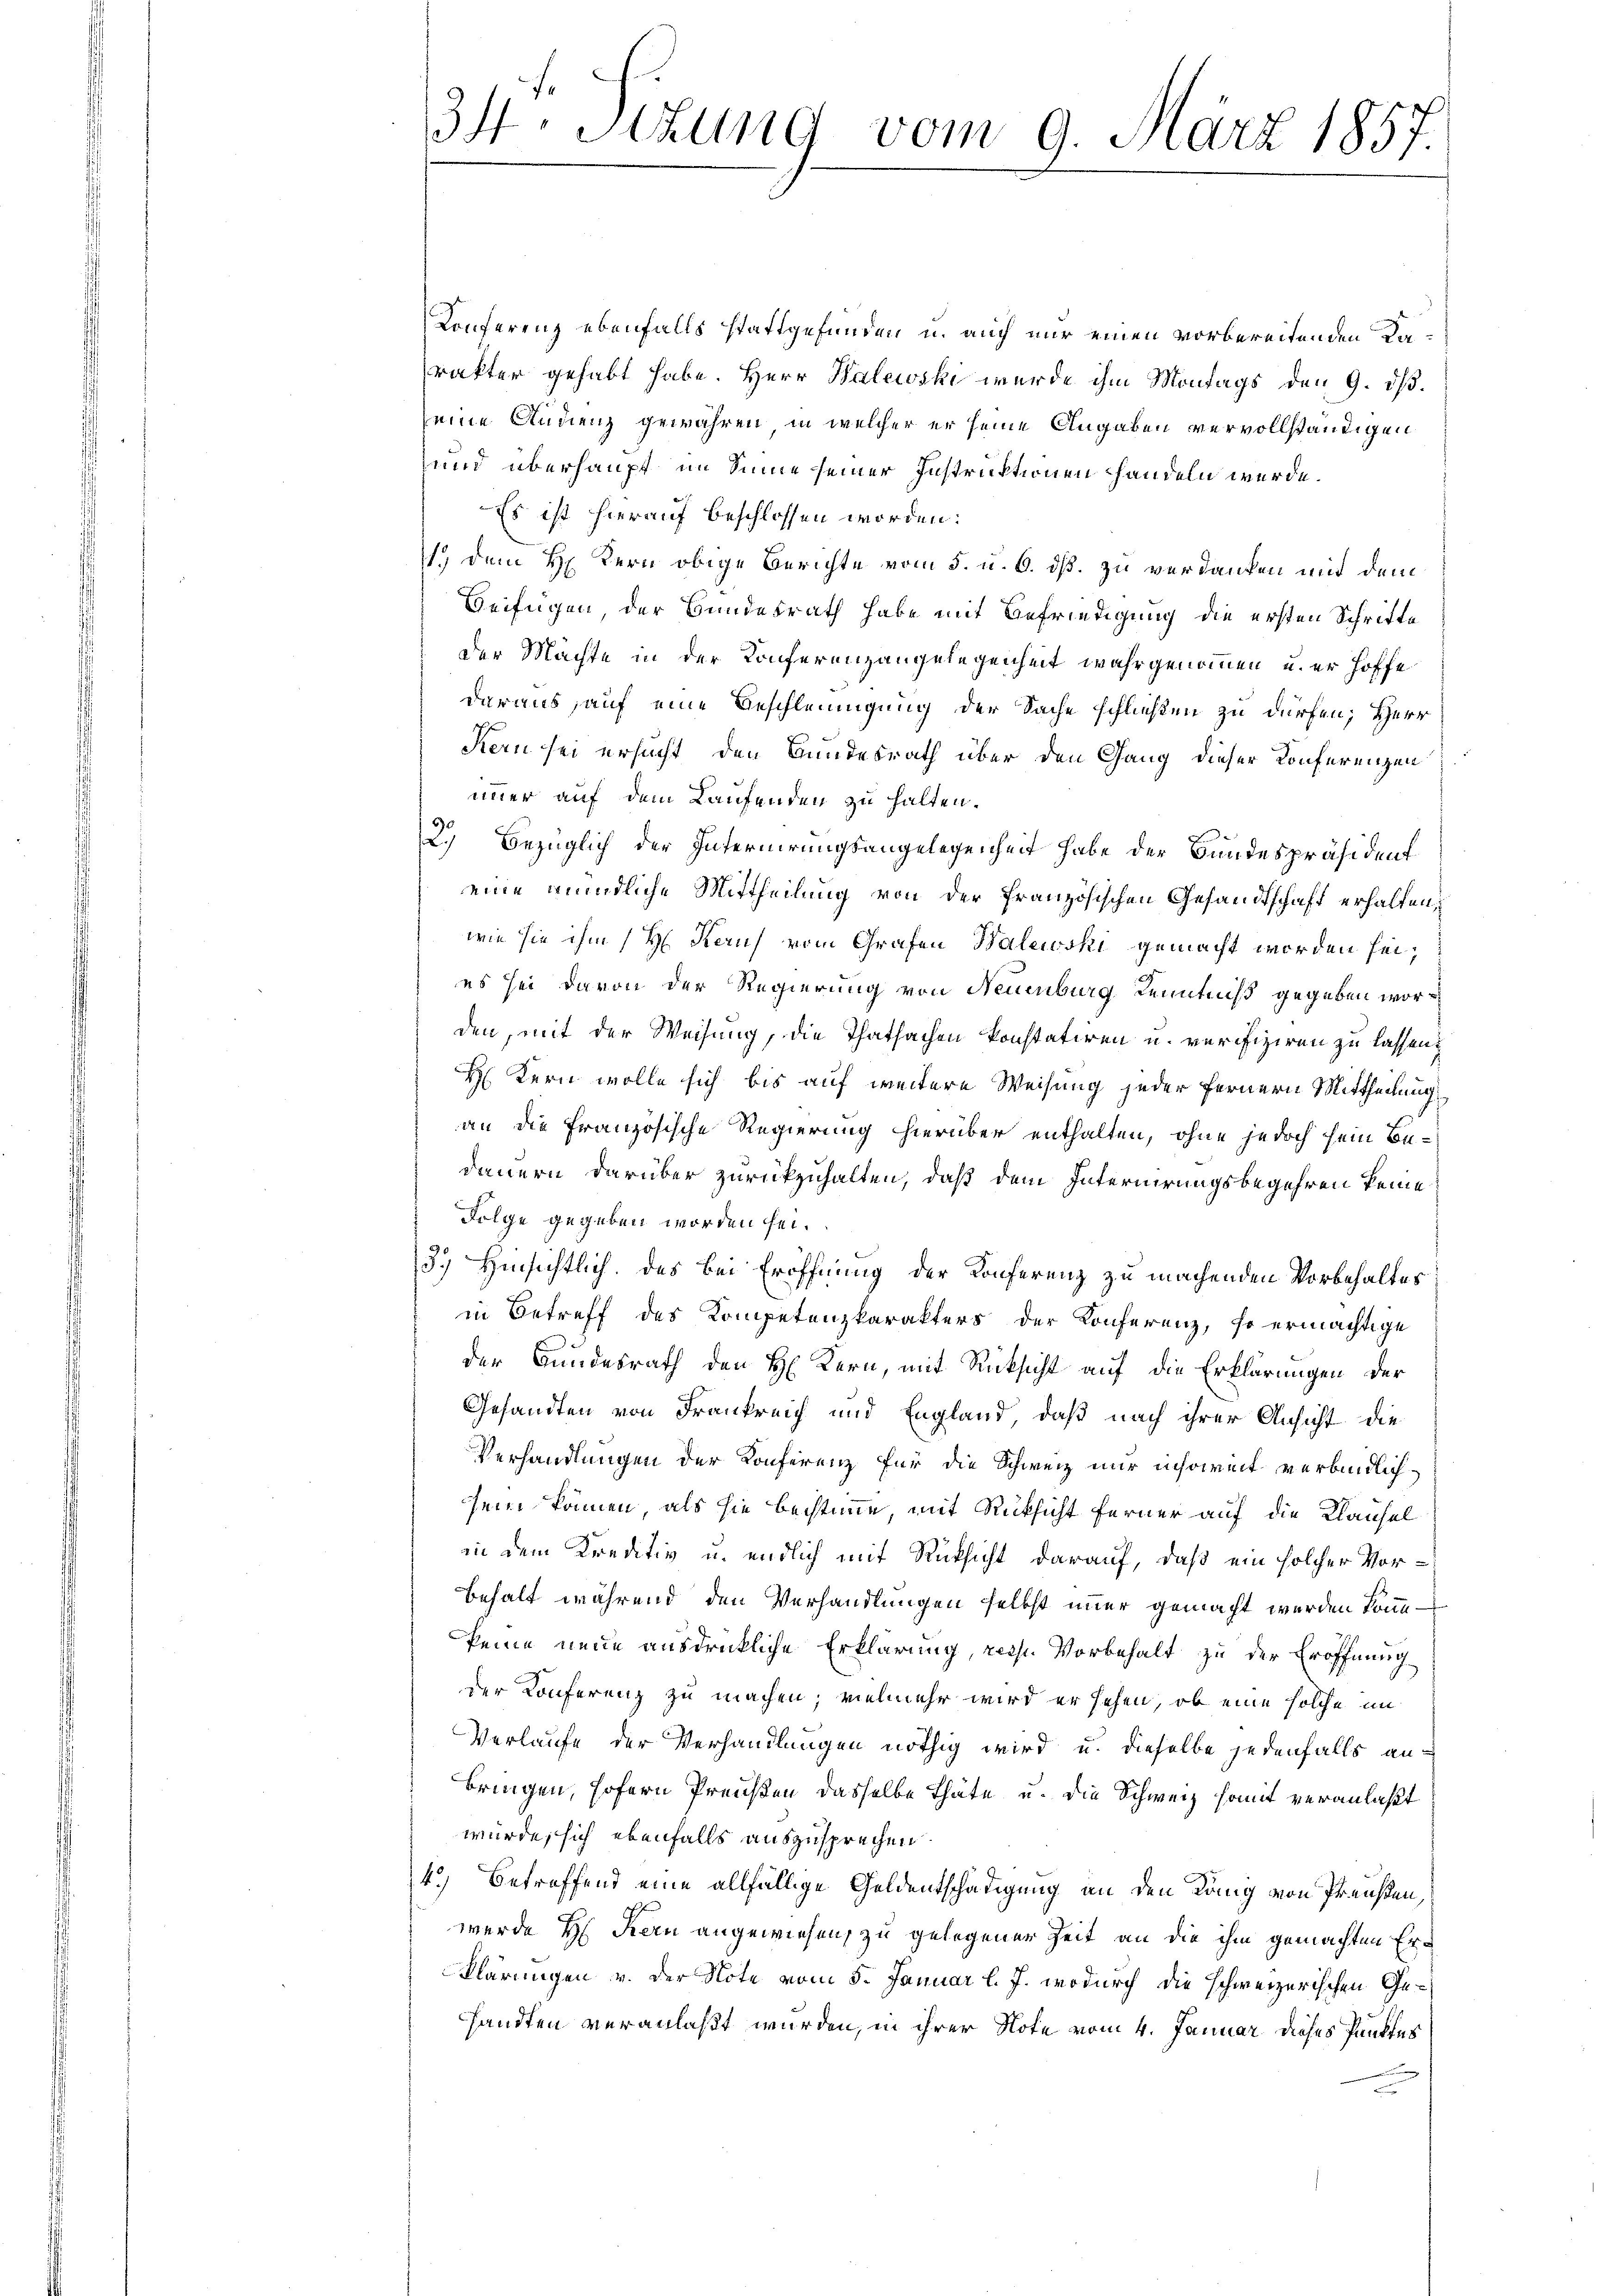
34 Stund vom 9. März 1857.

Konferenz ebenfalls stattgefunden u. auch nur einen vorbereitenden Karakter gehabt habe. Herr Walewski wurde ihm Montags den 9. dβ.
seine Studienz gewähren, in welcher er seine Angaben vervollständigen
und überhaupt im Sinne seiner Instruktionen handeln werde.
Es ist hierauf beschlossen worden:
1.) Dem H. Kern obige Berichte vom 5. u. 6. ds. zu verdanken mit dem
Beifügen, der Bundesrath habe mit Befriedigung die ersten Schritte
der Machte in der Konferenzangelegenheit wahrgenommen u. er hoffe
daraus auf eine Beschleunigung der Sache schließen zu dürfen; Herr
Kern sei ersucht den Bundesrath über den Gang dieser Konferenzen
immer auf dem Laufenden zu halten.
2.) Bezüglich der Internirungsangelegenheit habe der Bundespräsident
eine mündliche Mittheilung von der französischen Gesandtschaft erhalten,
wie sie ihm (H. Kauf vom Grafen Balewski gemacht worden sei,
es sei davon der Regierung von Neuenburg Kenntniß gegeben worden, mit der Weisung, die Thatsachen konstatiren u. verifiziren zu lassen.
H Kern wolle sich bis auf weitere Weisung jeder Fernern Mittheilung
an die Französische Regierung hierüber enthalten, ohne jedoch sein Bedauern darüber zurückzuhalten, daß dem Internirungsbegehren keine
Folge gegeben worden sei.
3.) Hinsichtlich. des bei Eröffnung der Konferenz zu machenden Vorbehaltes
in Betreff des Kompetenzkarakters der Konferenz, so ermächtige
der Bundesrath den H. Kern, mit Rücksicht auf die Erklärungen der
Gesandten von Frankreich und England, daß nach ihrer Ansicht die
Verhandlungen der Konferenz für die Schweiz nur insoweit verbindlichsein können, als sie bestimme mit Rücksicht ferner auf die Klausel
in dem Kreditiv u. endlich mit Rücksicht darauf, daß ein solcher Vorbehalt während den Verhandlungen selbst immer gemacht werden könnkeine neue ausdrückliche Erklärung, recht. Vorbehalt zu der Eröffnung
der Konferenz zu machen; vielmehr wird er sehen, ob eine solche im
Verlaufe der Verhandlungen nöthig wird u. dieselbe jedenfalls anbringen, sofern Preußen dasselbe Thäte u. die Schweiz somit veranlaßt
würde, sich ebenfalls auszusprechen
4.) Betreffend eine allfällige Geldentschädigung an den Lang von Preußen,
werde Hr. Kern angewiesen, zu gelegener Zeit an die ihm gemachten Erklärungen v. der Note vom 5. Januar l. J. wodurch die schweizerischen Gesandten veranlaßt wurden, in ihrer Note vom 4. Januar dieses Punktes
n